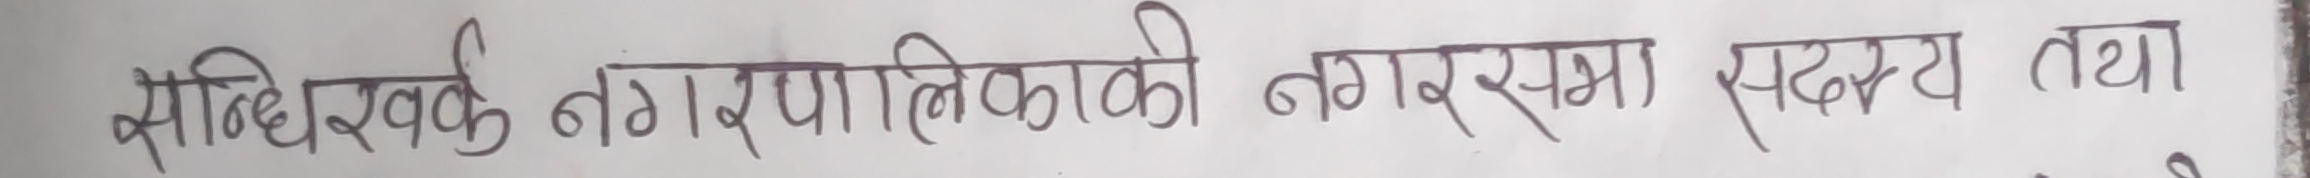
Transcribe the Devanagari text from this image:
सन्धिखर्क नगरपालिकाको नगरसभा सदस्य तथा